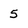
Character: 5